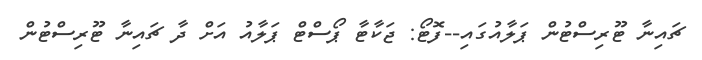
ޗައިނާ ޓޫރިސްޓުން ޕަލާއުގައި--ފޮޓޯ: ޖަކާޓާ ޕޯސްޓް ޕަލާއު އަށް ދާ ޗައިނާ ޓޫރިސްޓުން